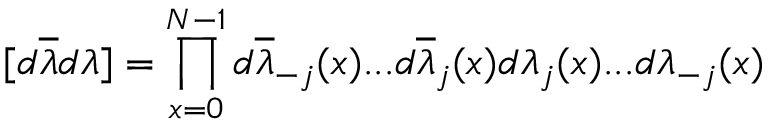
[ d \overline { { { \lambda } } } d \lambda ] = \prod _ { x = 0 } ^ { N - 1 } d \overline { { { \lambda } } } _ { - j } ( x ) . . . d \overline { { { \lambda } } } _ { j } ( x ) d \lambda _ { j } ( x ) . . . d \lambda _ { - j } ( x )